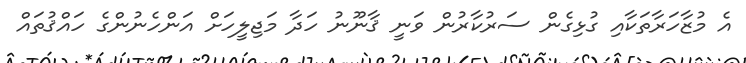
އެ މުޒާހަރާތަކާއި ގުޅިގެން ސަރުކާރުން ވަނީ ޤާނޫނު ހަދާ މަޖިލީހަށް އަންހެނުންގެ ހައްޤުތައް